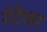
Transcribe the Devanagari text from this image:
रोटेश्वर